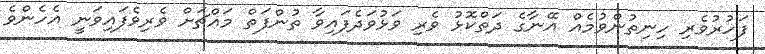
ފަހުރުވެރި ހިނިތުންވުމެއް އޭނާގެ ދަތްކޮޅު ވެރި ވަޅުވަދެފައިވާ ތުންފަތް މައްޗަށް ވެރިވެފައިވަނީ އެހެންވެ